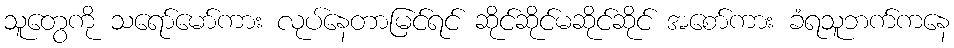
သူတွေကို သရော်မော်ကား လုပ်နေတာမြင်ရင် ဆိုင်ဆိုင်မဆိုင်ဆိုင် အစော်ကား ခံရသူဘက်ကနေ